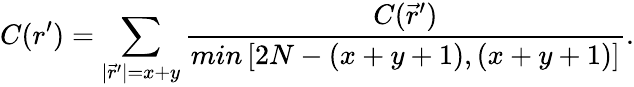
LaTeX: C(r^{\prime})=\sum_{|\vec{r}^{\prime}|=x+y}\frac{C(\vec{r}^{\prime})}{min\left[2N-(x+y+1),(x+y+1)\right]}.